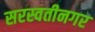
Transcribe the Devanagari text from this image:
सरस्वतीनगर